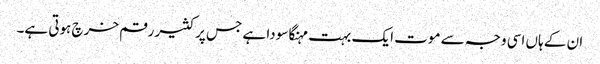
ان کے ہاں اسی وجہ سے موت ایک بہت مہنگا سودا ہے جس پر کثیر رقم خرچ ہوتی ہے۔